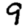
Digit: 9